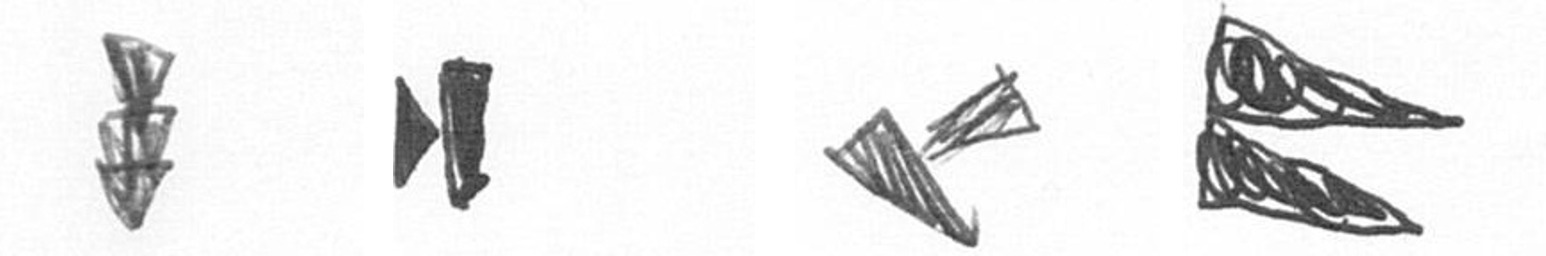
E M F P